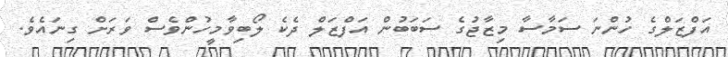
އަފްޒަލްގެ ހުންނަ ސަމާސާ މިޒާޖުގެ ސަބަބުން އަފްޒަލް ދެކެ ލޯބިވާމީހުންވެސް ވަރަށް ގިނައެވެ.